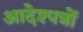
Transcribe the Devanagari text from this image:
आदेश्पत्रों